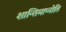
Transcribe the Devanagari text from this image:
शान्तिमाप्नोति